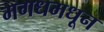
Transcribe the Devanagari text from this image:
मगधमधून